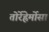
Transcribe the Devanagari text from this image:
तोर्रेह्रेर्मोसा